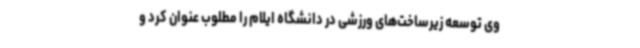
وی توسعه زیرساخت‌های ورزشی در دانشگاه ایلام را مطلوب عنوان کرد و